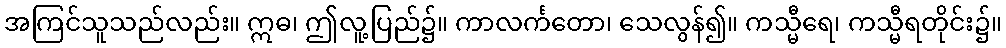
အကြင်သူသည်လည်း။ ဣဓ၊ ဤလူ့ပြည်၌။ ကာလင်္ကတော၊ သေလွန်၍။ ကသ္မီရေ၊ ကသ္မီရတိုင်း၌။